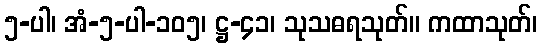
၅-ပါ၊ အံ-၅-ပါ-၁၀၅၊ ဋ္ဌ-၄၁၊ သုသဓရသုတ်။ ကထာသုတ်၊